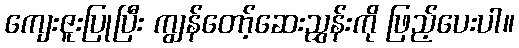
ကျေးဇူးပြုပြီး ကျွန်တော့်ဆေးညွှန်းကို ဖြည့်ပေးပါ။